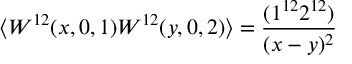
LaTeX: \langle W ^ { 1 2 } ( x , 0 , 1 ) W ^ { 1 2 } ( y , 0 , 2 ) \rangle = \frac { ( 1 ^ { 1 2 } 2 ^ { 1 2 } ) } { ( x - y ) ^ { 2 } }